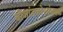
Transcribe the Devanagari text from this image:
बीजांडकोशांजवळ